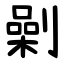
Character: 劋